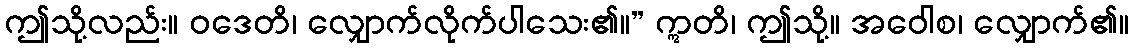
ဤသို့လည်း။ ဝဒေတိ၊ လျှောက်လိုက်ပါသေး၏။” ဣတိ၊ ဤသို့။ အဝေါစ၊ လျှောက်၏။